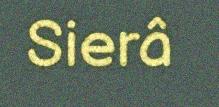
Sierâ